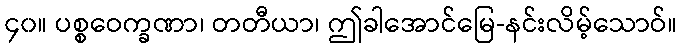
၄၀။ ပစ္စဝေက္ခဏာ၊ တတီယာ၊ ဤခါအောင်မြေ-နင်းလိမ့်သောဝ်။